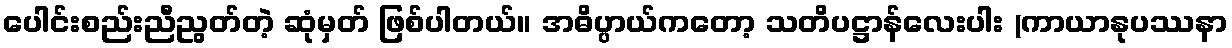
ပေါင်းစည်းညီညွတ်တဲ့ ဆုံမှတ် ဖြစ်ပါတယ်။ အဓိပ္ပာယ်ကတော့ သတိပဋ္ဌာန်လေးပါး (ကာယာနုပဿနာ